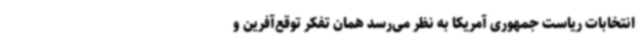
انتخابات ریاست جمهوری آمریکا به نظر می‌رسد همان تفکر توقع‌آفرین و